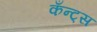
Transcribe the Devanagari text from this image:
कँन्ट्‌स